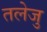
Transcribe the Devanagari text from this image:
तलेजु